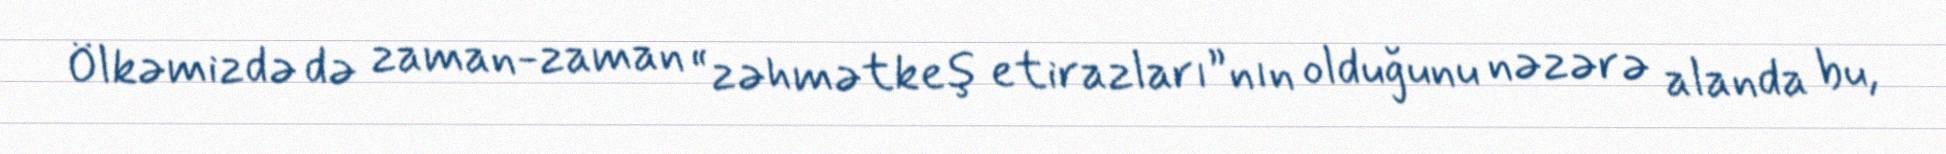
Ölkəmizdə də zaman-zaman “zəhmətkeş etirazları”nın olduğunu nəzərə alanda bu,